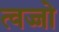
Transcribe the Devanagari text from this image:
त्वज्जो